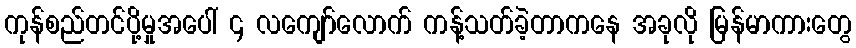
ကုန်စည်တင်ပို့မှုအပေါ် ၄ လကျော်လောက် ကန့်သတ်ခဲ့တာကနေ အခုလို မြန်မာကားတွေ